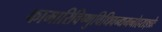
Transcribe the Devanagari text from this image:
कामारिविष्णुविधिवन्द्यमनोहराङ्घ्रेः